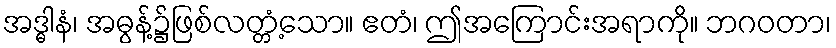
အဒ္ဓါနံ၊ အဓွန့်၌ဖြစ်လတ္တံ့သော။ ဧတံ၊ ဤအကြောင်းအရာကို။ ဘဂဝတာ၊